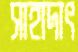
সাহাদাৎ